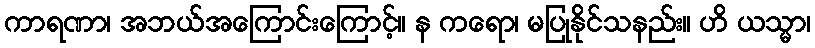
ကာရဏာ၊ အဘယ်အကြောင်းကြောင့်။ န ကရော၊ မပြုနိုင်သနည်း။ ဟိ ယသ္မာ၊